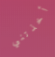
أخذتني